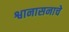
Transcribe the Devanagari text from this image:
श्वानासनाचे